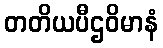
တတိယပီဌဝိမာနံ